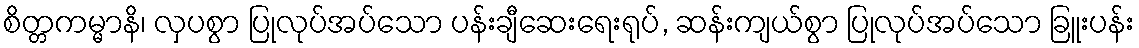
စိတ္တကမ္မာနိ၊ လှပစွာ ပြုလုပ်အပ်သော ပန်းချီဆေးရေးရုပ်, ဆန်းကျယ်စွာ ပြုလုပ်အပ်သော ခြူးပန်း